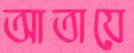
আতায়ে